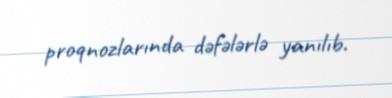
proqnozlarında dəfələrlə yanılıb.